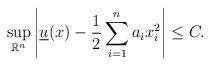
LaTeX: \begin{align*}\sup_{\mathbb{R}^n}\left|\underline{u}(x)-\frac{1}{2}\sum_{i=1}^na_ix_i^2\right|\leq C.\end{align*}